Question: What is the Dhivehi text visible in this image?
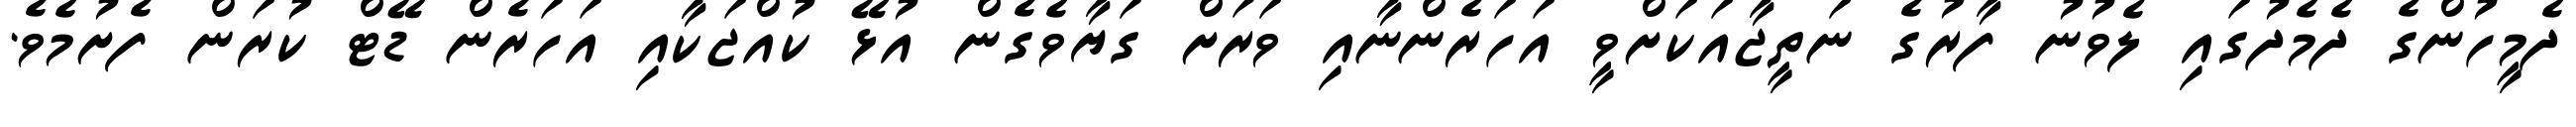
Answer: ދެމީހުންގެ ދެމެދުގައި ލެވުނު ފާރުގެ ނަތީޖާއަކަށްވީ އަހަރެންނާއި ވަރަށް ގަޔާވެގެން އުޅޭ ކުއްޖަކާއި އަހަރެން ޑޭޓް ކުރަން ފެށުމެވެ.